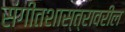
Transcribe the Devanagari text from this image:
संगीतशास्त्रावरील